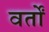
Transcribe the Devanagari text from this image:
वर्तों